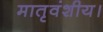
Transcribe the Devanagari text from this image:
मातृवंशीय।